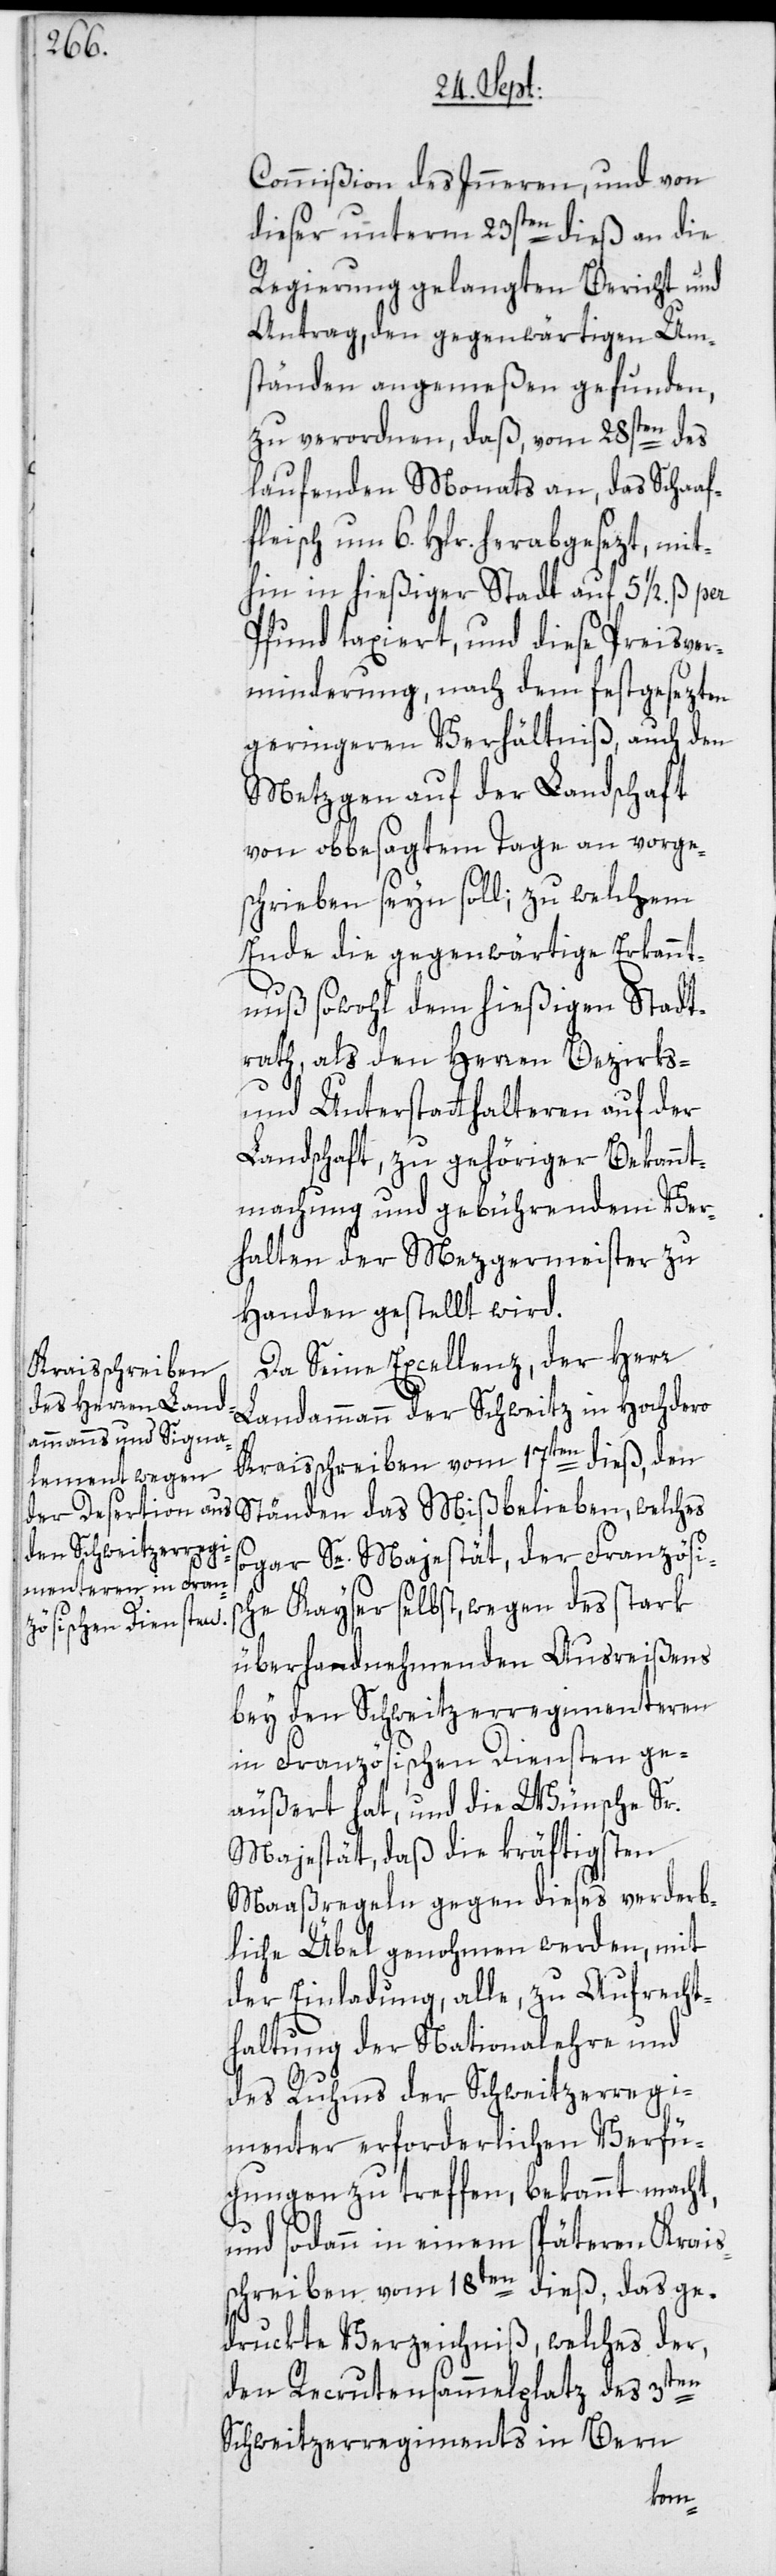
Commißion des Inneren, und von
dieser unterm 23sten dieß an die
Regierung gelangten Bericht und
Antrag, den gegenwärtigen Um¬
ständen angemeßen gefunden,
zu verordnen, daß, vom 28sten des
laufenden Monats an, das Schaaf¬
fleisch um 6. Hlr. herabgesezt, mit¬
hin in hießiger Stadt auf 5 1/2. ß per
Pfund taxiert, und diese Preisver¬
minderung, nach dem festgesezten
geringeren Verhältniß, auch den
Metzgen auf der Landschaft
von obbesagtem Tage an vorge¬
schrieben seyn soll; zu welchem
Ende die gegenwärtige Erkannt¬
nuß sowohl dem hießigen Stadt¬
rath, als den Herren Bezirks-
und Unterstatthalteren auf der
Landschaft, zu gehöriger Bekannt¬
machung und gebührendem Ver¬
halten der Mezgermeister zu
Handen gestellt wird.
Da Seine Excellenz, der Herr
Landammann der Schweitz in Hochdero
Kraisschreiben vom 17ten dieß, den
Ständen das Mißbelieben, welches
sogar Se. Majestät, der Französis¬
che Kayser selbst, wegen des stark
überhandnehmenden Ausreißens
bey den Schweitzerregimenteren
in Französischen Diensten ge¬
äußert hat, und die Wünsche Sr.
Majestät, daß die kräftigsten
Maaßregeln gegen dieses verderb¬
liche Übel genohmen werden, mit
der Einladung, alle, zu Aufrecht¬
haltung der Nationalehre und
des Ruhms der Schweitzerregi¬
menter erforderlichen Verfü¬
gungen zu treffen, bekannt macht,
und sodann in einem späteren Krais¬
schreiben vom 18ten dieß, das ge¬
druckte Verzeichniß, welches der,
den Recrutensammelplatz des 3ten
Schweitzerregiments in Bern